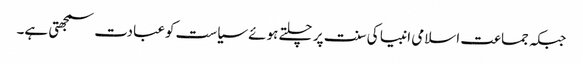
جبکہ جماعت اسلامی انبیا کی سنت پر چلتے ہوئے سیاست کوعبادت سمجھتی ہے۔